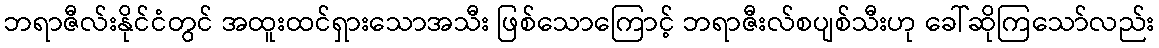
ဘရာဇီလ်းနိုင်ငံတွင် အထူးထင်ရှားသောအသီး ဖြစ်သောကြောင့် ဘရာဇီးလ်စပျစ်သီးဟု ခေါ်ဆိုကြသော်လည်း